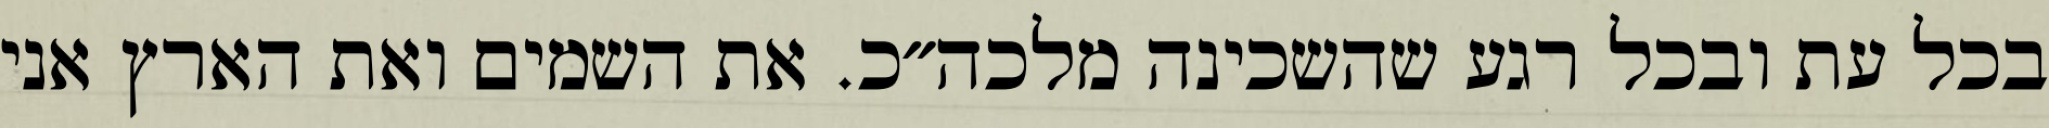
בכל עת ובכל רגע שהשכינה מלכה״כ. את השמים ואת הארץ אני